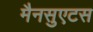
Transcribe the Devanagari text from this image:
मैनसुएटस